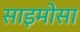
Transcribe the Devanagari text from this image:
साइमोसा